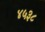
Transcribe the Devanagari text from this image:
४५३८